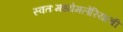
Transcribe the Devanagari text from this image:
स्वतःमध्येमलेरियाची